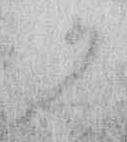
か